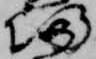
帰